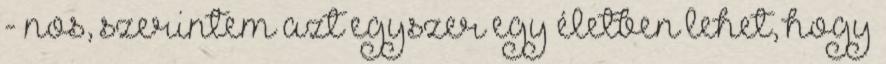
- nos, szerintem azt egyszer egy életben lehet, hogy